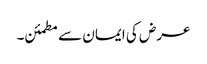
عرض کی ایمان سے مطمئن۔